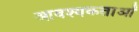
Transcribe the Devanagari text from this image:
आवश्यकताआें